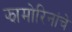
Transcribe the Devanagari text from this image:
झामोरिनांचे